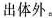
出体外。